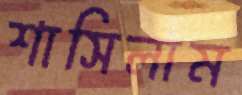
শাসিলাম